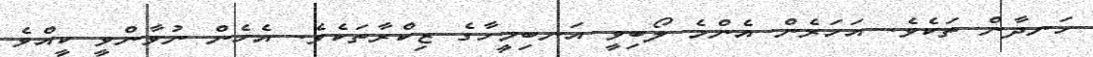
ހަނދާން ތަކެވެ. އަހަރެން އެންމެ ލޯބިވީ އަނބިމީހާގެ ޒިކްރާތަކެވެ. އެހެން ނުވާންވީ ކީއްވެ